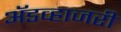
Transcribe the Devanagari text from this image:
ॲडव्हाजरी